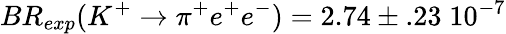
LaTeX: BR_{exp}(K^{+}\rightarrow\pi^{+}e^{+}e^{-})=2.74\pm.23\; 10^{-7}